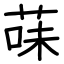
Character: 菋